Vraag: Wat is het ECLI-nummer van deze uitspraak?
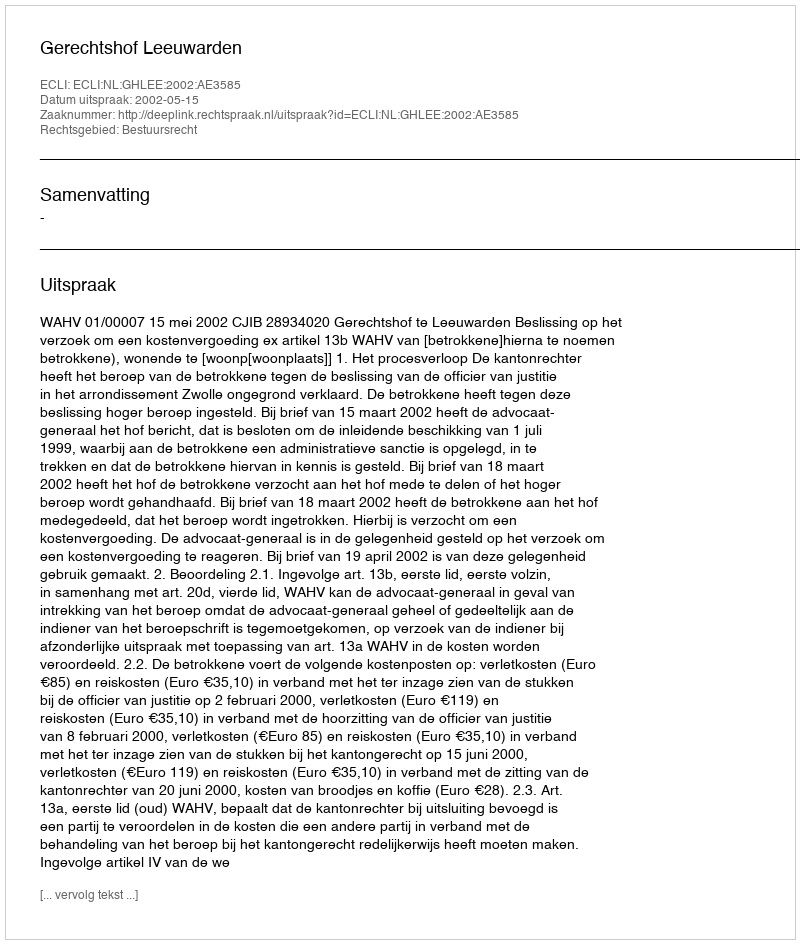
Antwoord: ECLI:NL:GHLEE:2002:AE3585